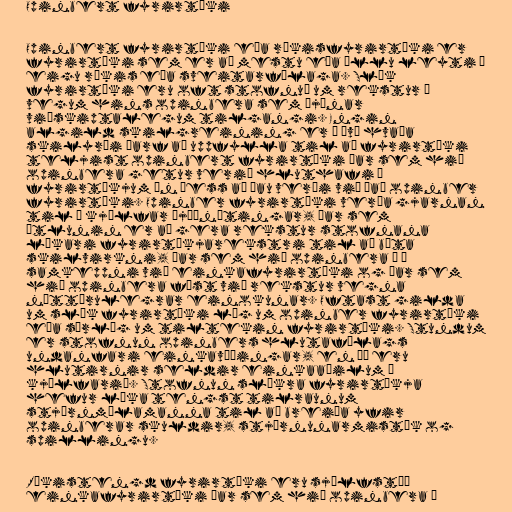
Opinbert fyrirtæki

Opinbert fyrirtæki eða ríkisfyrirtæki er
fyrirtæki sem er að mestu eða öllu leyti í
eigu ríkis eða sveitarfélaga. Slík
fyrirtæki eru oft stofnuð um rekstur á
vegum hins opinbera sem þjónar
viðskiptalegum tilgangi. Engin
algild skilgreining er á því hvaða
skilyrði þarf að uppfylla til að fyrirtæki
teljist opinbert fyrirtæki þar sem hið
opinbera getur verið hluthafi í
fyrirtækjum án þess að þau verði við það opinber
fyrirtæki. Opinber fyrirtæki verða gjarnan
til í kjölfar þjóðnýtingar, þar sem
ætlunin er að gera rekstur stofnana
líkari fyrirtækjarekstri til að bæta
skilvirkni, þar sem hið opinbera á í
samkeppni við einkafyrirtæki og þar sem
hið opinbera fæst við rekstur vegna
náttúrulegrar einokunar. Oftast gilda
um slík fyrirtæki lög um opinber fyrirtæki
eða sérlög um tiltekin fyrirtæki. Stundum
er stofnun opinbers hlutafélags
undanfari einkavæðingar, en þá eru
hlutirnir seldir einkaaðilum í
kjölfarið. Stofnun slíkra fyrirtækja
hefur líka tengst tilraunum
stjórnmálamanna til að breiða yfir
opinberar skuldir, stjórnunarmistök og
spillingu.

Ríkistengd fyrirtæki eru sjálfstæð
einkafyrirtæki þar sem hið opinbera á